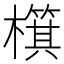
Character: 檱